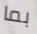
بما